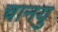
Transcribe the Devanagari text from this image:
चानयु